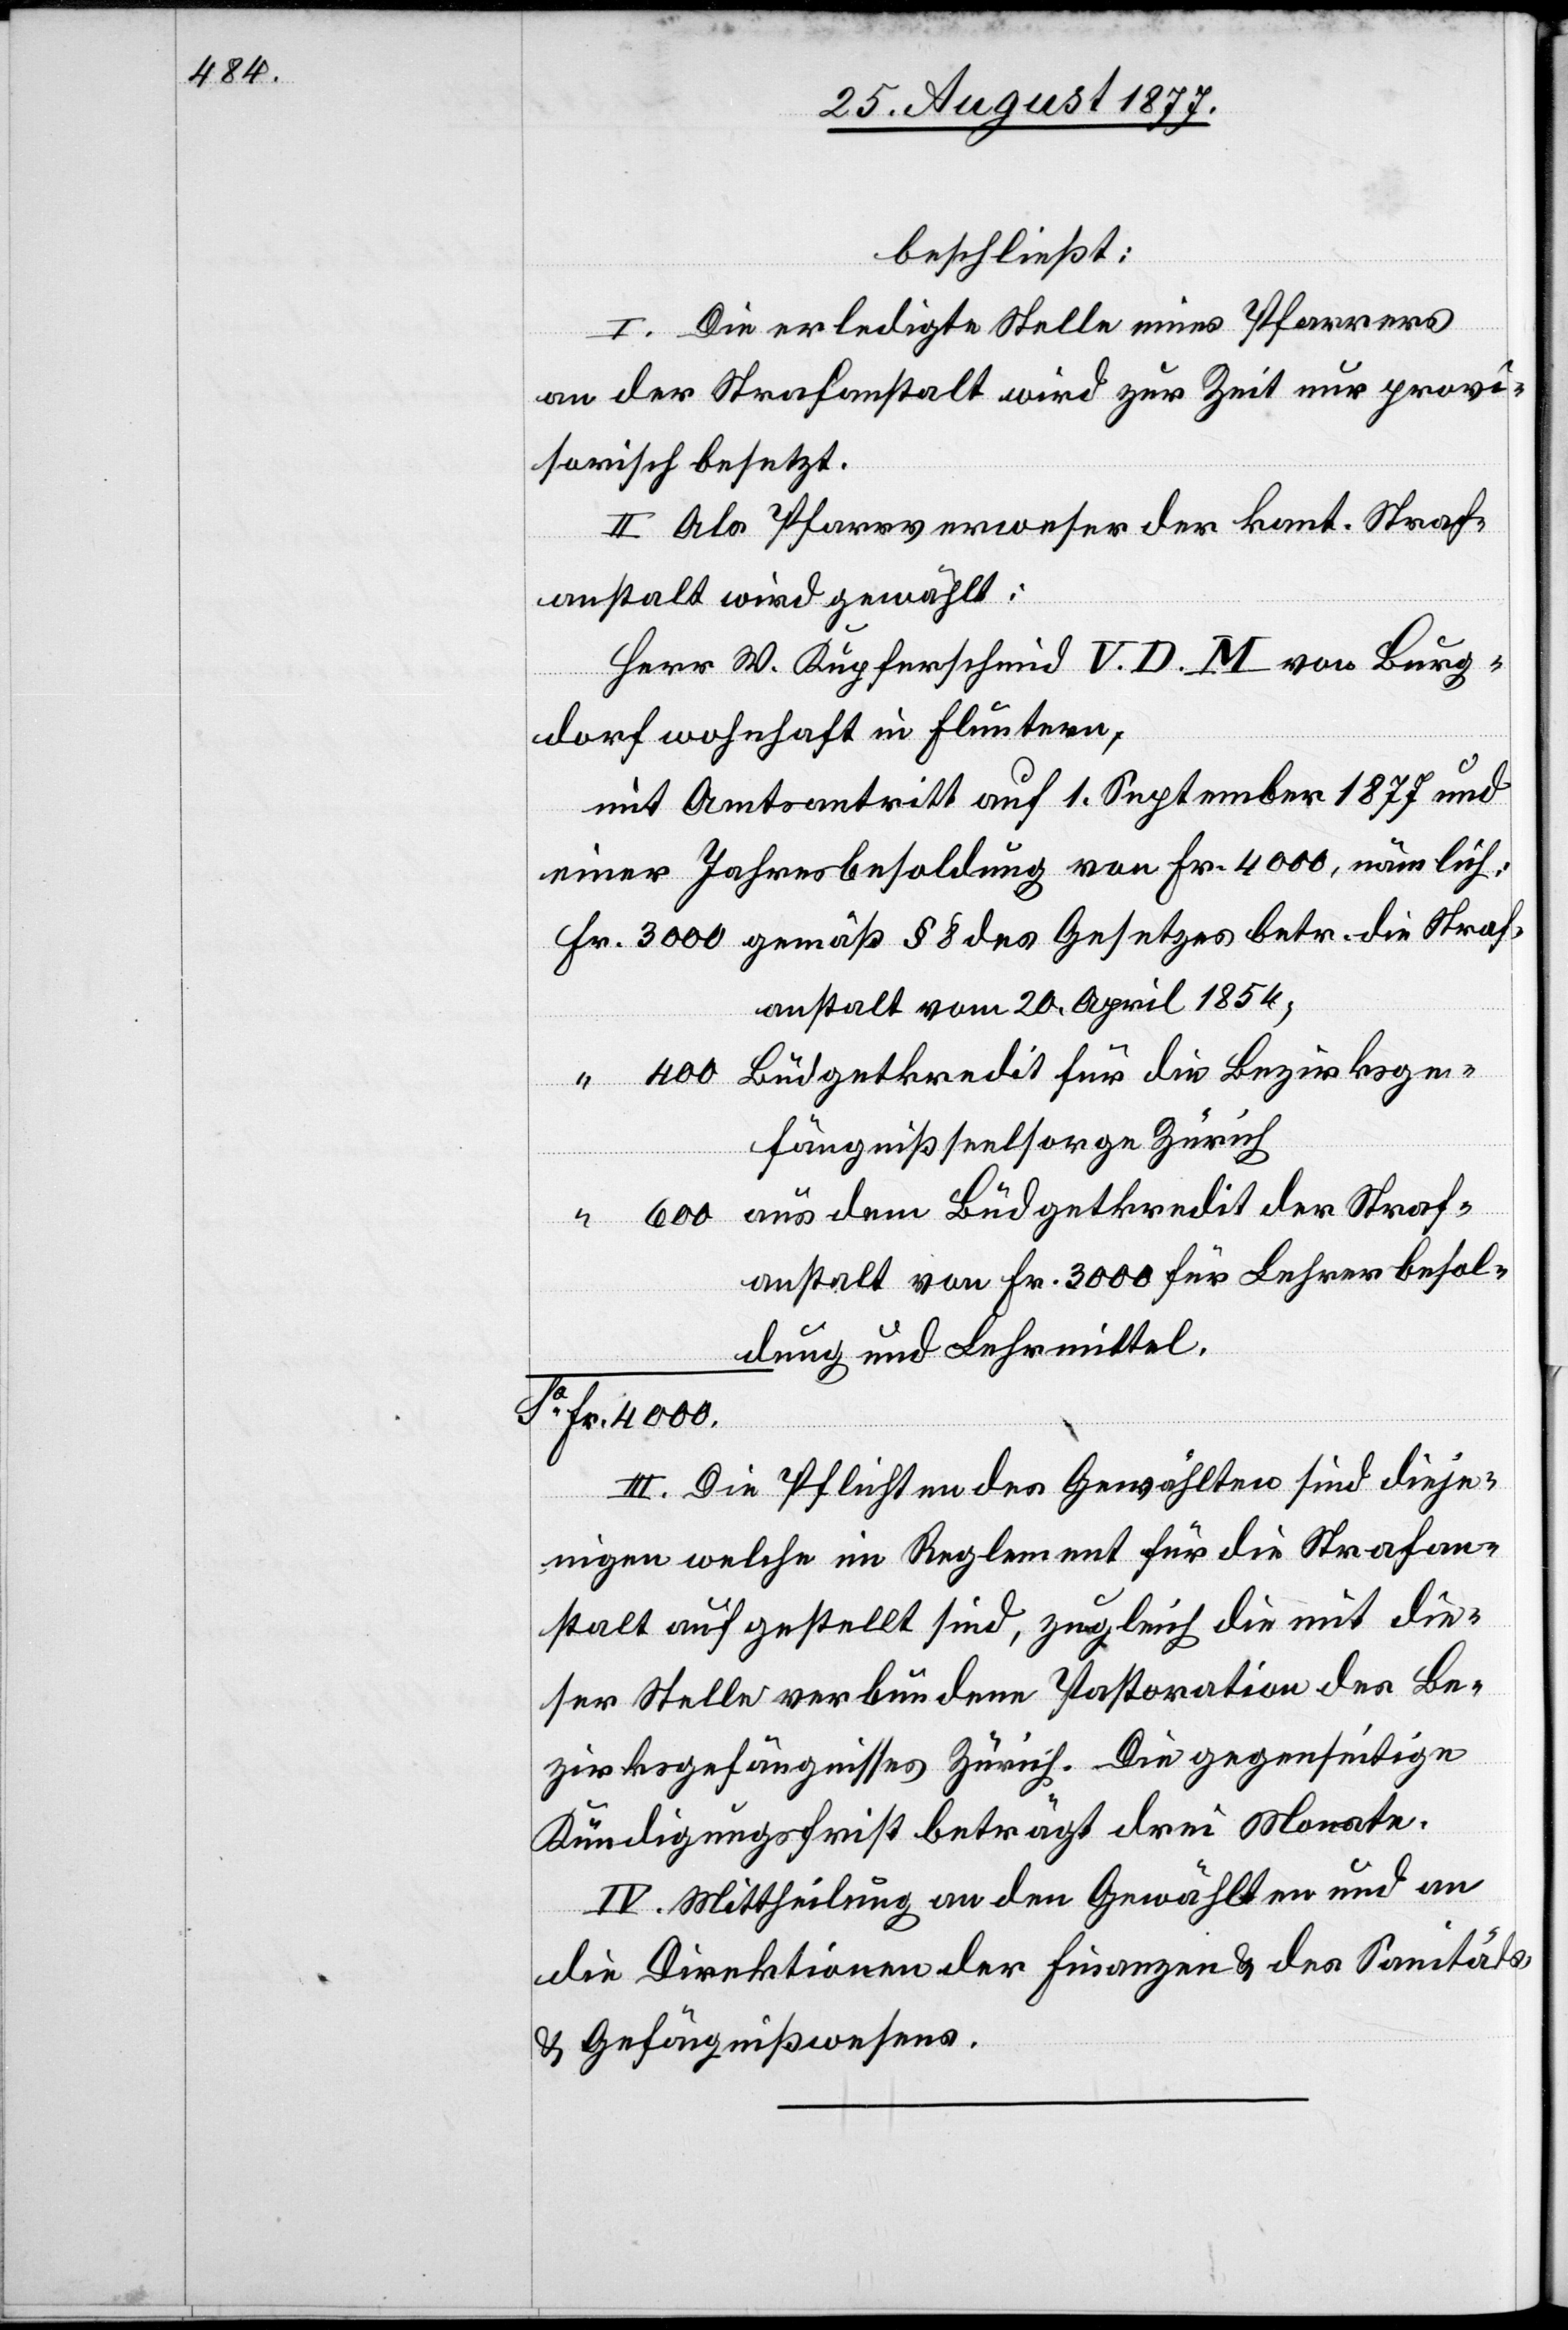
beschließt:
I. Die erledigte Stelle eines Pfarrers
an der Strafanstalt wird zur Zeit nur provi¬
sorisch besetzt.
II. Als Pfarrverweser der kant. Straf¬
anstalt wird gewählt:
Herr W. Kupferschmid V. D. M. von Burg¬
dorf wohnhaft in Fluntern,
mit Amtsantritt auf 1. September 1877 und
einer Jahresbesoldung von Fr. 4000, nämlich:
fanstalt vom 20. April 1854;
Büdgetkredit für die Bezirksge¬
fängnißseelsorge Zürich
aus dem Büdgetkredit der Straf¬
anstalt von Fr. 3000 für Lehrerbesol¬
dung und Lehrmittel
Sa Fr. 4000.
III. Die Pflichten des Gewählten sind dieje¬
nigen welche im Reglement für die Strafan¬
stalt aufgestellt sind, zugleich die mit die¬
ser Stelle verbundene Pastoration des Be¬
zirksgefängnisses Zürich. Die gegenseitige
Kündigungsfrist beträgt drei Monate.
IV. Mittheilung an den Gewählten und an
die Direktionen der Finanzen & des Sanitäts-
& Gefängnißwesens.

ra¬